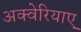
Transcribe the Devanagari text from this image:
अक्वेरियाए